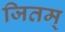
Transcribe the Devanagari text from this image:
जितम्